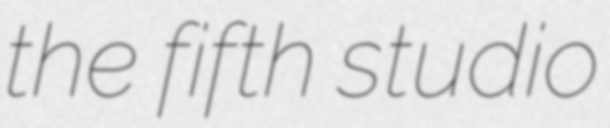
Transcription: the fifth studio